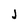
Character: j